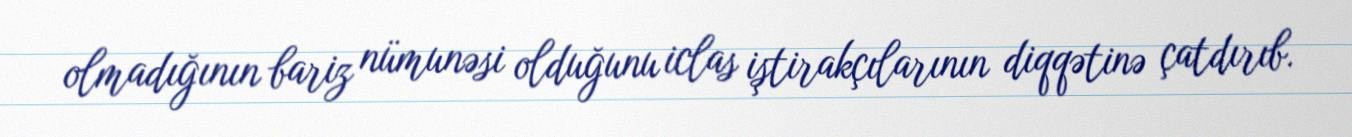
olmadığının bariz nümunəsi olduğunu iclas iştirakçılarının diqqətinə çatdırıb.